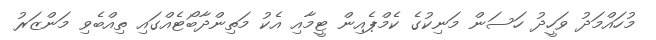
މުހައްމަދު ވަހީދު ހަސަން މަނިކުގެ ކެމްޕެއިން ޓީމާއި އެކު މަތިންދާބޯޓެއްގައި ތިއްބެވި މަންޒަރު